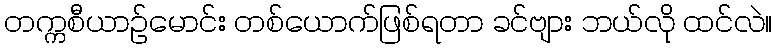
တက္ကစီယာဉ်မောင်း တစ်ယောက်ဖြစ်ရတာ ခင်ဗျား ဘယ်လို ထင်လဲ။